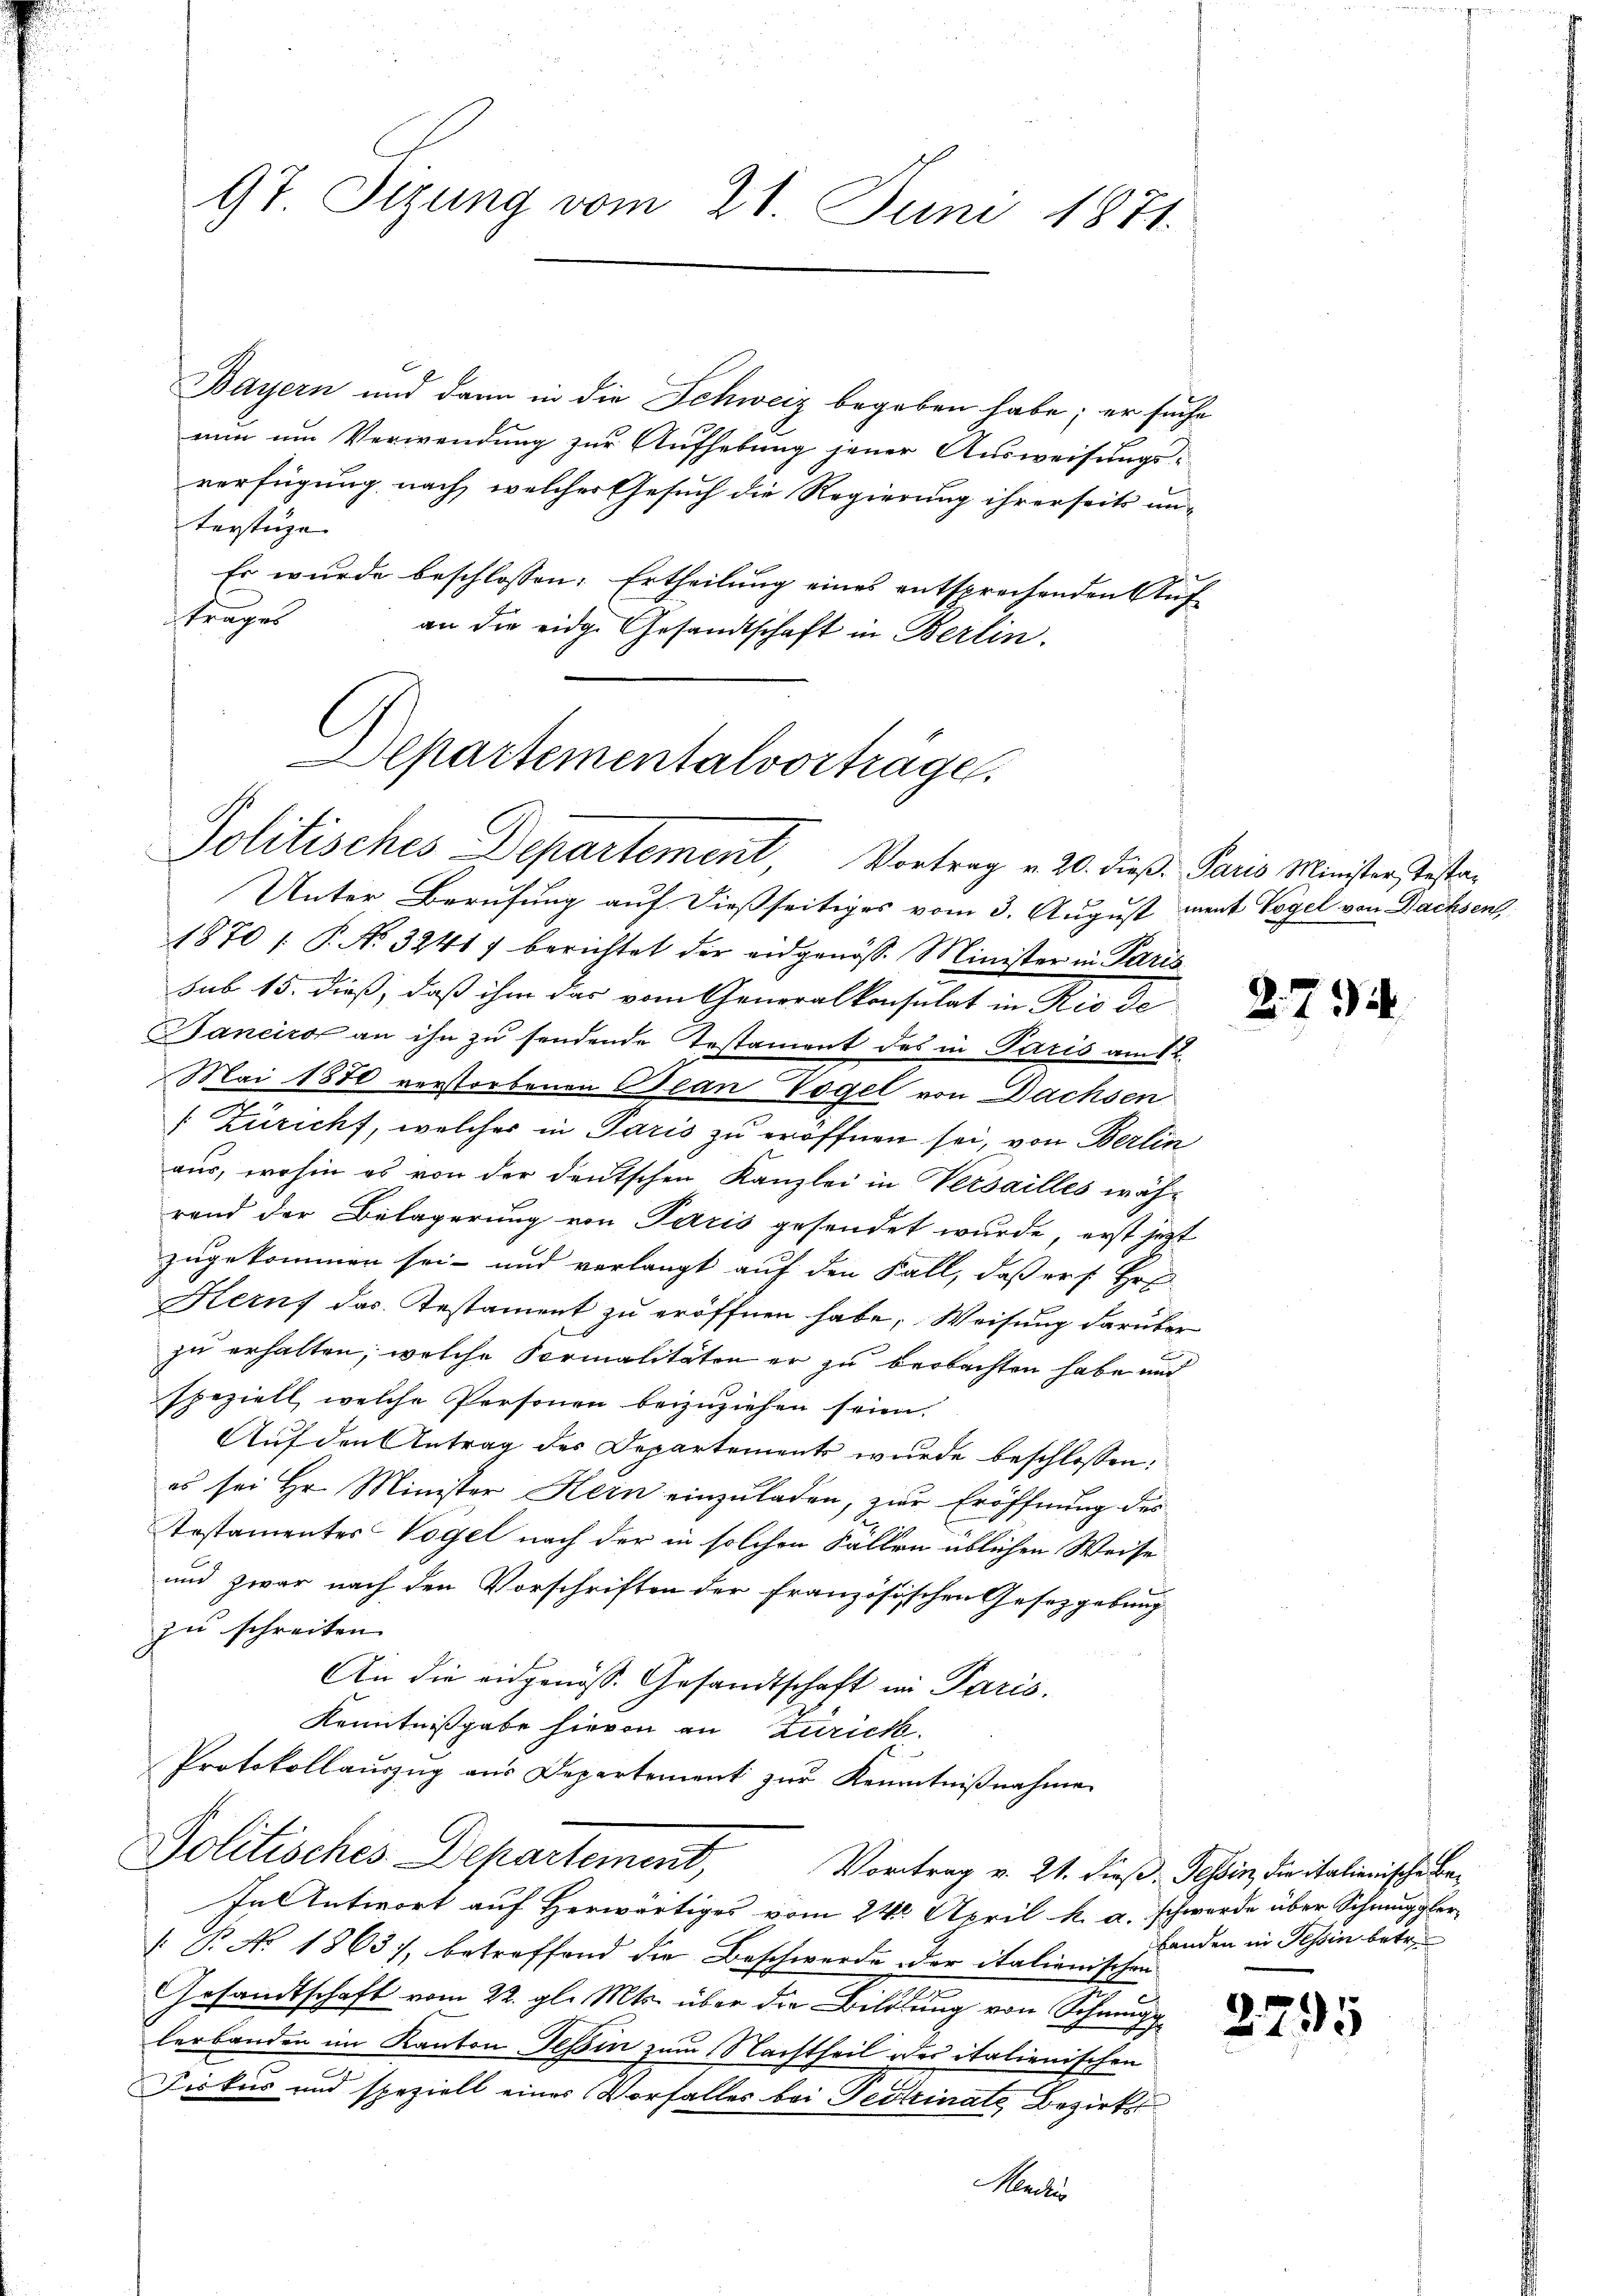
97. Sizung vom 21. Juni 1871.

Bayern und dann in die Schweiz begeben habe; er suche
nun um Verwendung zur Aufhebung jener Ausweisungs-
verfügung nach, welcher Gesuch die Regierung ihrerseits un-
terstüge
t
Es wurde beschlossen: Ertheilung eines entsprechenden Auftrages
an die eidge Gesandtschaft in Berlin.

epartementalvorträge.
Politisches Departement, Vortrag v. 20. dieß. Paris Minister, Testa-

Politisches Departement,
Vortrag v. 21. dieß: Tessin, die italienische Be¬
In Antwort auf Herwärtiges vom 24. April k. a. schwerde über Schmuggler-

Unter Berufung auf dießseitiges vom 3. August ment Vogel von Dachsen,
1870 / P. No 3241) berichtet der eidgenöss. Minister in Paris
sub 15. dieß, daß ihm das vom Generalkonsulat in Rio de
Baneiro an ihn zu sendende Testament des in Paris am 1t
Mai 1870 verstorbenen Bean Vogel von Dachsen
 Züricht, welcher in Paris zu eröffnen sei, von Berlin
aus, wohin es von der deutschen Kanzlei in Versailles wäh-
rend der Belagerung von Paris gesendet wurde, erst jetzt
zugekommen sei- und verlangt auf den Fall, daß er f Hr
Hernf das Testament zu eröffnen habe, Weisung darüber
zu erhalten, welche Formalitäten er zu beobachten habe und
speziell, welche Personen beizuziehen seien.
Auf den Antrag des Departements wurde beschlossen,
es sei Hr. Minister Kein einzuladen, zur Eröffnung des
Arstamentes Vögel nach der in solchen Fällen üblichen Weise
und zwar nach den Vorschriften der französischen Gesetzgebung
zu schreiten.
An die eidgenöss. Gesandtschaft in Paris.
Kenntnißgabe hievon an Zürich.
Protokollaŭszŭg aŭs Departement zŭr Kenntniβnahme

P. No 1863), betreffend die Beschwerde der italienischen
Gesandtschaft vom 22. gl. Mts. über die Bildung von Schmugg
lerbanden im Kanton Tessin zum Nachtheil des italienischen
Fiskus und speziell eines Vorfalles bei Testinate Bezirks¬
Menden

2.

2. 734.

banden in Tessin betr.

5